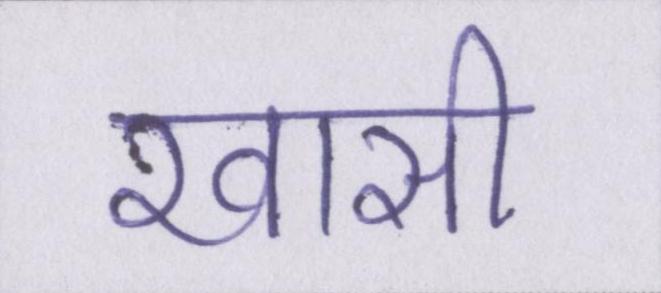
खासी